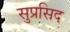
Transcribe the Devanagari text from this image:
सुप्रसिद